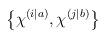
LaTeX: \begin{align*}\left\{ \chi^{\left( i|a\right) },\chi^{\left( j|b\right) }\right\}\end{align*}